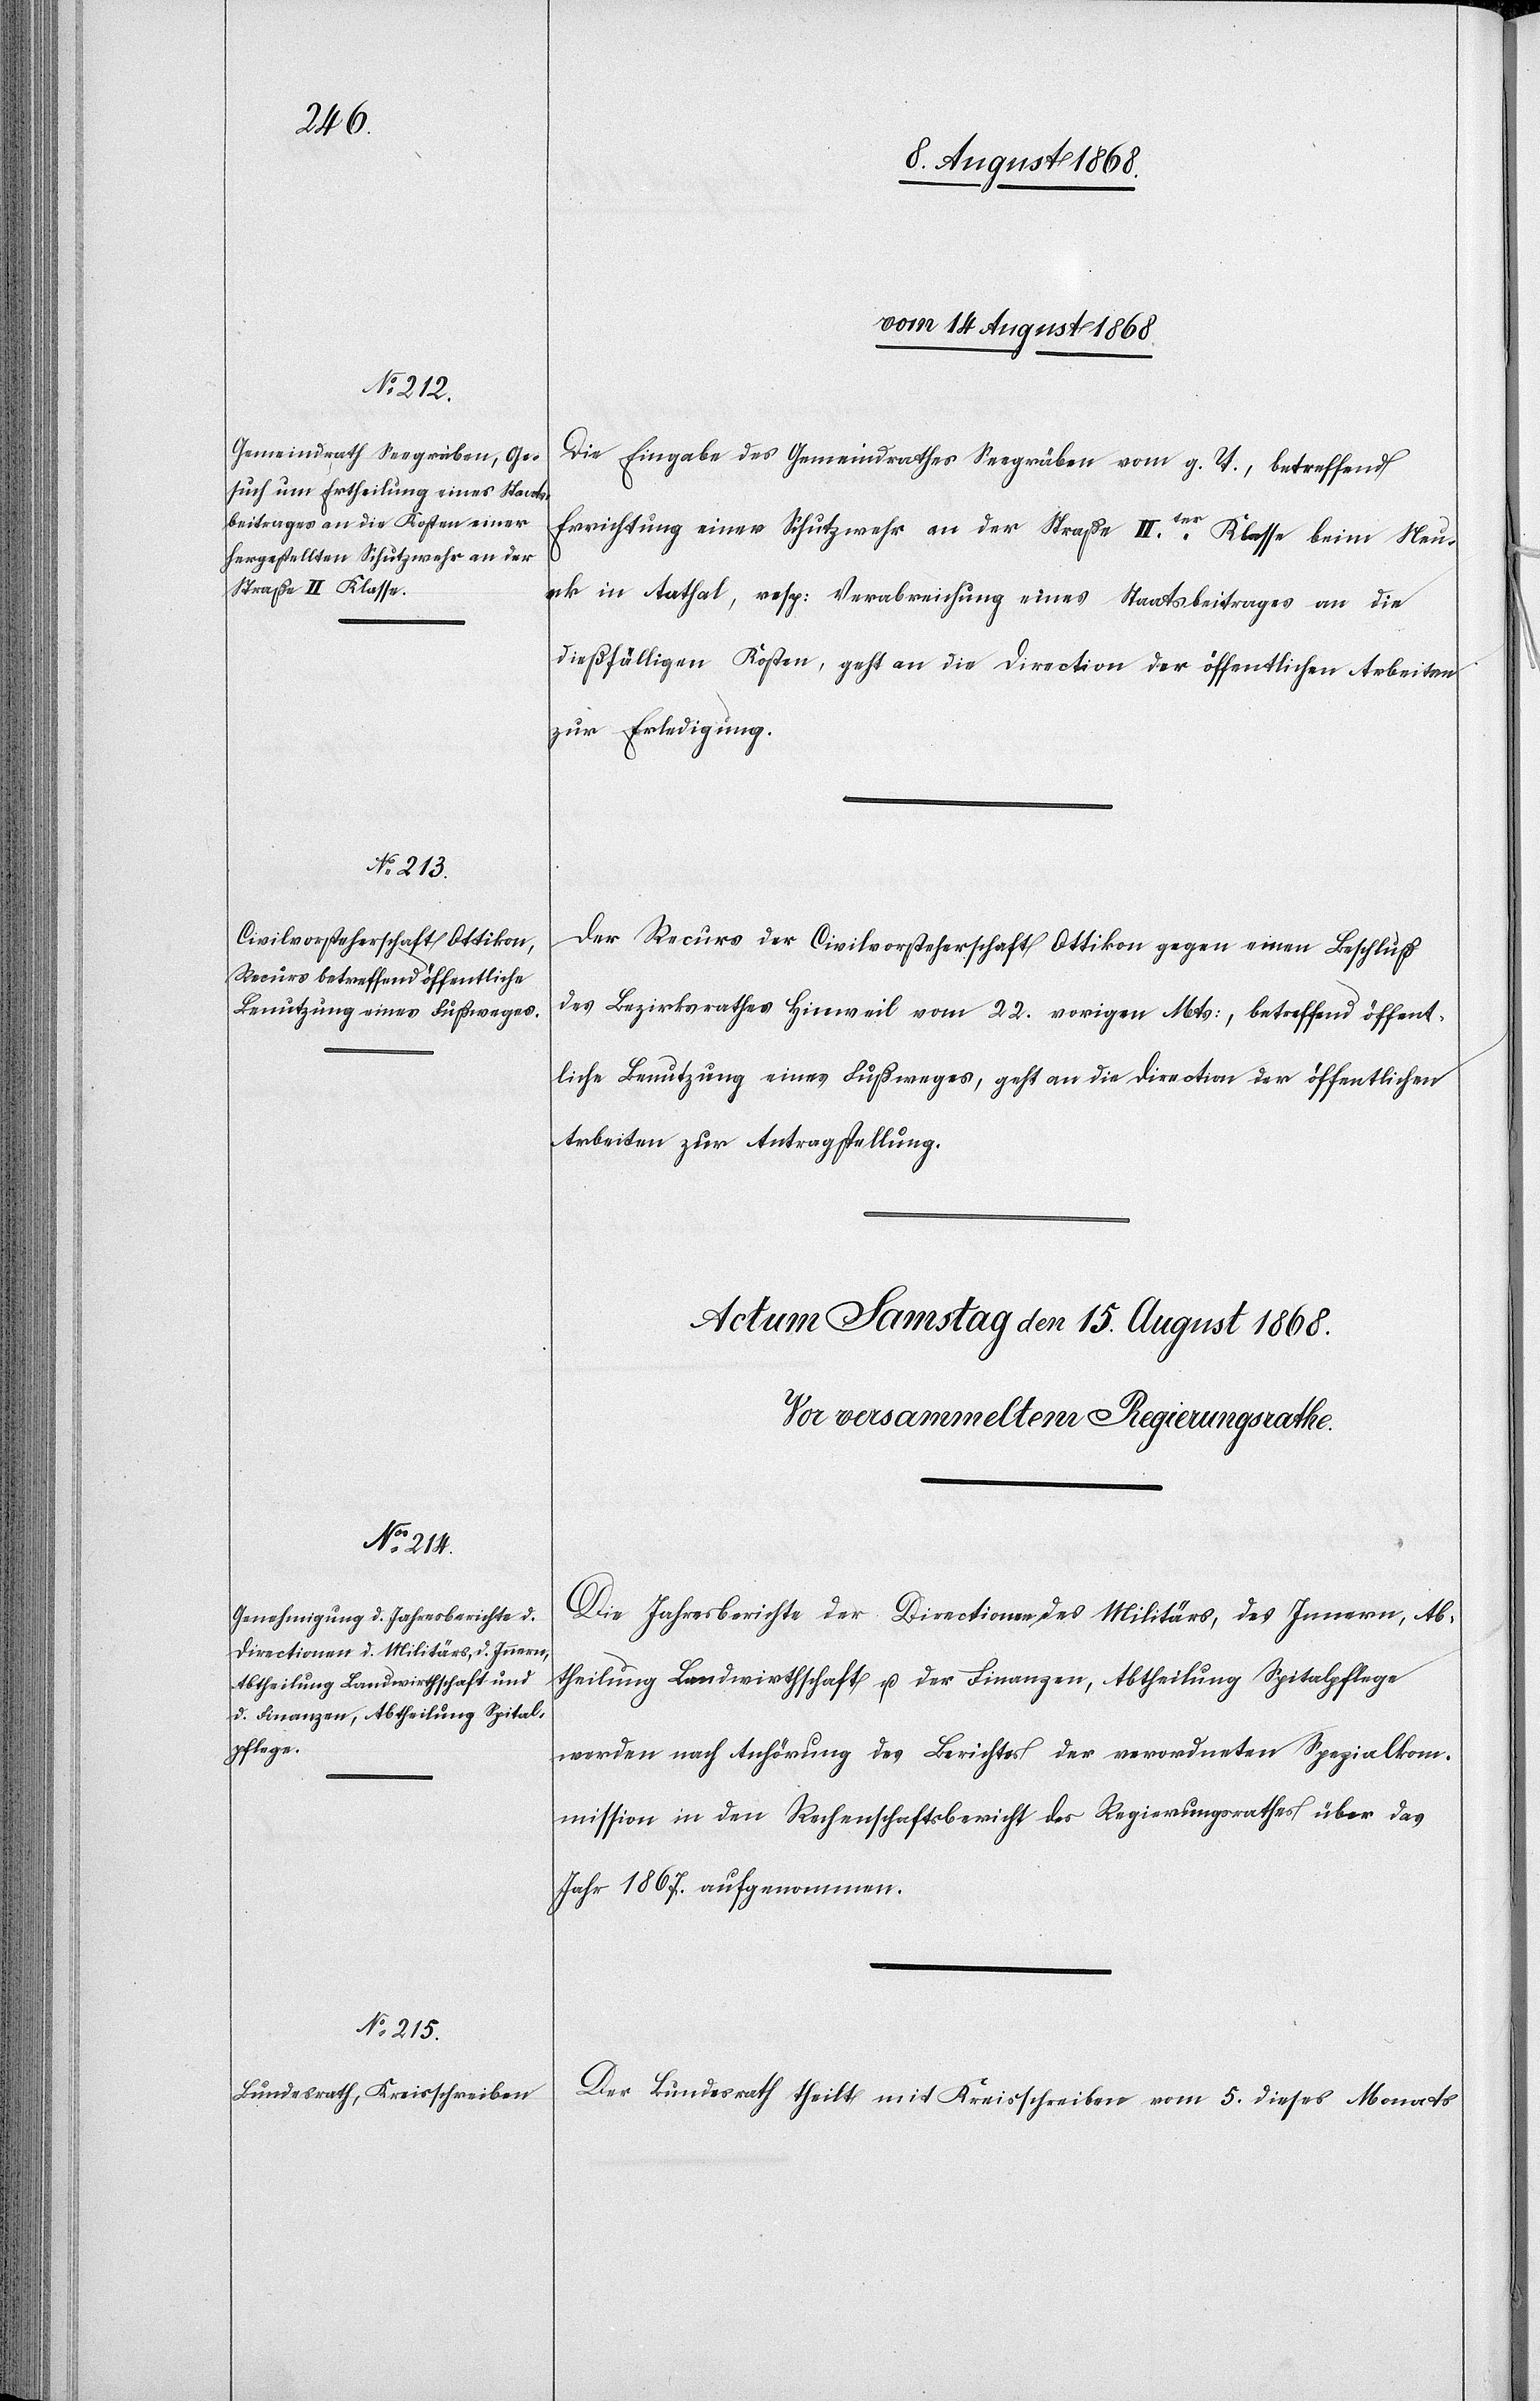
vom 14 August 1868.]
Die Eingabe des Gemeindrathes Seegräben vom g. T., betreffend
Errichtung einer Schutzwehr an der Straße IIter. Klasse beim Neue¬
ck in Aathal, resp: Verabreichung eines Staatsbeitrages an die
dießfälligen Kosten, geht an die Direction der öffentlichen Arbeiten
zur Erledigung.
Der Recurs der Civilvorsteherschaft Ottikon gegen einen Beschluß
des Bezirksrathes Hinweil vom 22. vorigen Mts:, betreffend öffent¬
liche Benutzung eines Fußweges, geht an die Direction der öffentlichen
Arbeiten zur Antragstellung.
Die Jahresberichte der Directionen des Militärs, des Innern, Ab¬
theilung Landwirthschaft u. der Finanzen, Abtheilung Spitalpflege
werden nach Anhörung des Berichtes der verordneten Spezialkom¬
mission in den Rechenschaftsbericht des Regierungsrathes über das
Jahr 1867. aufgenommen.
Der Bundesrath theilt mit Kreisschreiben vom 5. dieses Monats